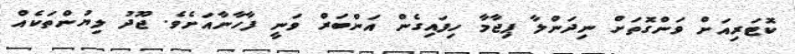
ކޮޓަރިއަށް ވަންގޮތަށް ނިދަންލާ ޕިޖާމާ ހިފައިގެން އަންބަރް ވަނީ ފާހާނާއަށެވެ. ޖޫދު ލިޔުންތަކެއް